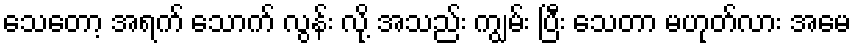
သေတော့ အရက် သောက် လွန်း လို့ အသည်း ကျွမ်း ပြီး သေတာ မဟုတ်လား အမေ